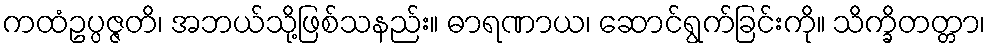
ကထံဥပ္ပဇ္ဇတိ၊ အဘယ်သို့ဖြစ်သနည်း။ ဓာရဏာယ၊ ဆောင်ရွက်ခြင်းကို။ သိက္ခိတတ္တာ၊